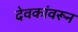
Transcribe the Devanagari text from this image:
देवकांवरून